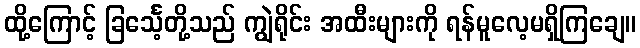
ထို့ကြောင့် ခြင်္သေ့တို့သည် ကျွဲရိုင်း အထီးများကို ရန်မူလေ့မရှိကြချေ။